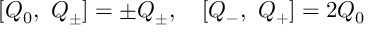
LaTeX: [ Q _ { 0 } , \ Q _ { \pm } ] = \pm Q _ { \pm } , \quad [ Q _ { - } , \ Q _ { + } ] = 2 Q _ { 0 }